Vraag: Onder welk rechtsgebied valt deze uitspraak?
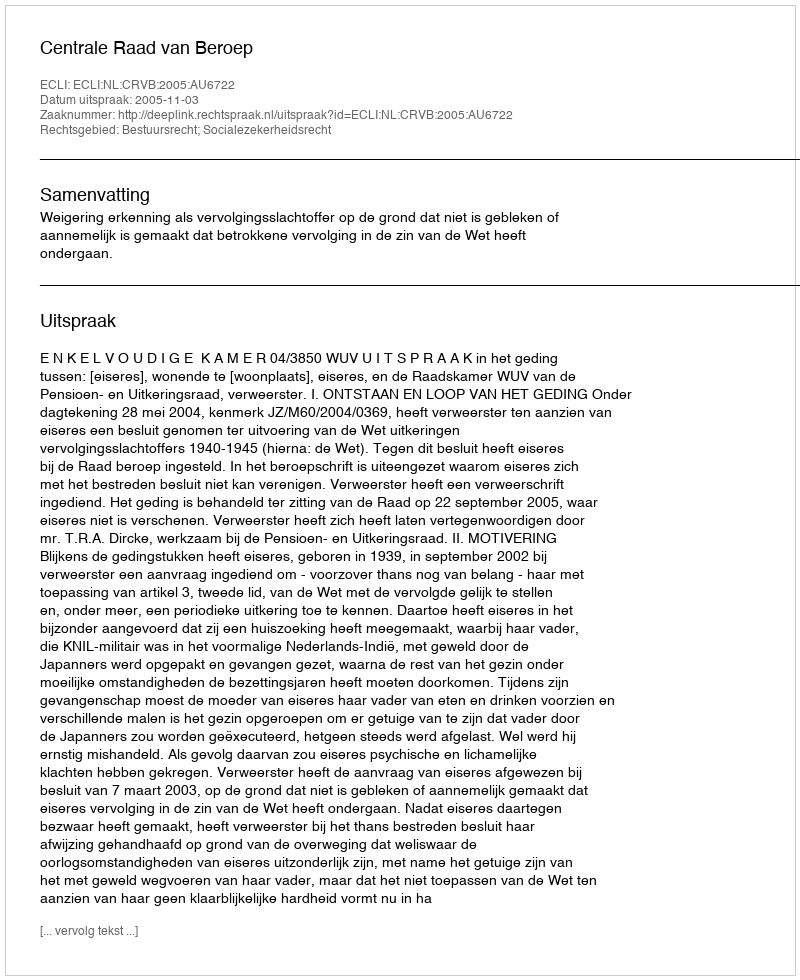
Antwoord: Bestuursrecht; Socialezekerheidsrecht